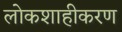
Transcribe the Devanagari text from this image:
लोकशाहीकरण